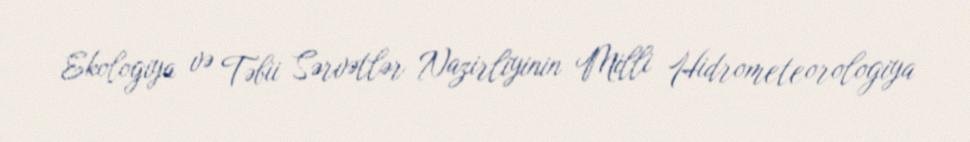
Ekologiya və Təbii Sərvətlər Nazirliyinin Milli Hidrometeorologiya